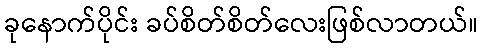
ခုနောက်ပိုင်း ခပ်စိတ်စိတ်လေးဖြစ်လာတယ်။